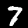
Digit: 7